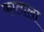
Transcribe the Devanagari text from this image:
काताला